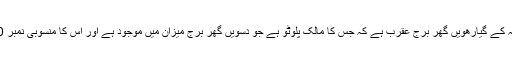
زائچہ کے گیارھویں گھر برجِ عقرب ہے کہ جس کا مالک پلوٹو ہے جو دسویں گھر برجِ میزان میں موجود ہے اور اس کا منسوبی نمبر 0ہے۔